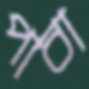
পাবা